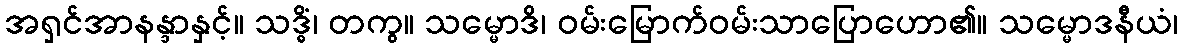
အရှင်အာနန္ဒာနှင့်။ သဒ္ဓိံ၊ တကွ။ သမ္မောဒိ၊ ဝမ်းမြောက်ဝမ်းသာပြောဟော၏။ သမ္မောဒနီယံ၊